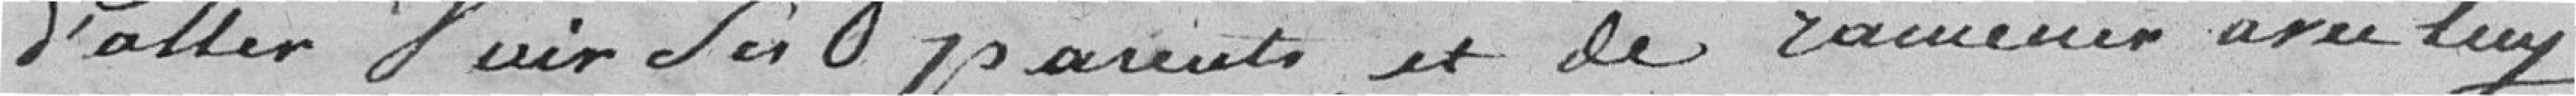
d'aller voir ses parents, et de ramener avec lui